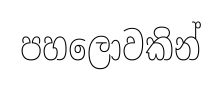
පහලොවකින්